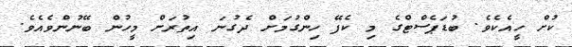
ކުށް ހީއެކެވެ. ބުޑަޕެސްޓްގެ މި ކެފޭ ހިންގުމަށް ދެގުނަ އިތުރަށް މީހުން ބޭނުންވެއެވެ.